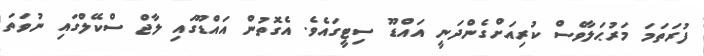
ފުރަތަމަ މަރުޙަލާވެސް ކުރިއަށްގެންދަނީ އައްޑޫ ސިޓީގައެވެ. އެގޮތުން އައްޑޫގައި ލާޖް ސްކޭލްގައި ނުވަތަ